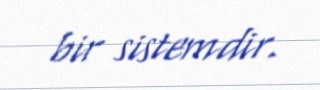
bir sistemdir.